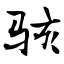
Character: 骇